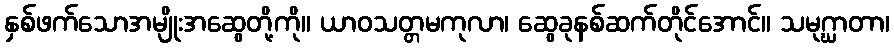
နှစ်ဖက်သောအမျိုးအဆွေတို့ကို။ ယာဝသတ္တမကုလာ၊ ဆွေခုနစ်ဆက်တိုင်အောင်။ သမုဂ္ဃာတာ၊